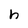
Character: h